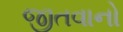
જીતવાનો